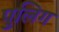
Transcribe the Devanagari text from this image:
पुलिग